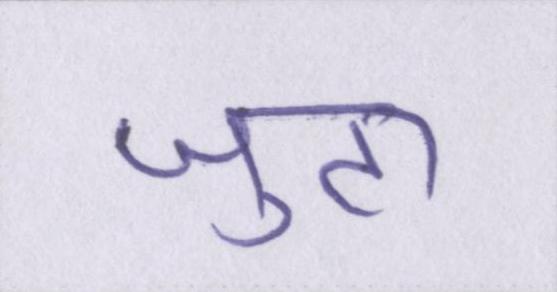
जुटा